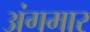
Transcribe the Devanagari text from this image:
अंगमार